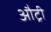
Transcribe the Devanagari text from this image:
औट्री